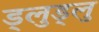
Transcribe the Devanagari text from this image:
ड्लुड्लु